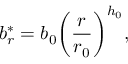
b _ { r } ^ { * } = b _ { 0 } \biggl ( \frac { r } { r _ { 0 } } \biggr ) ^ { h _ { 0 } } ,